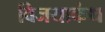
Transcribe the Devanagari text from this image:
विजयाकंथ